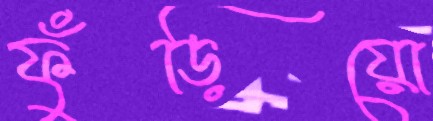
ফুঁড়িয়ো